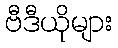
ဗီဒီယိုများ